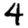
Digit: 4